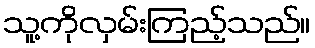
သူ့ကိုလှမ်းကြည့်သည်။